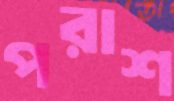
পরাশ